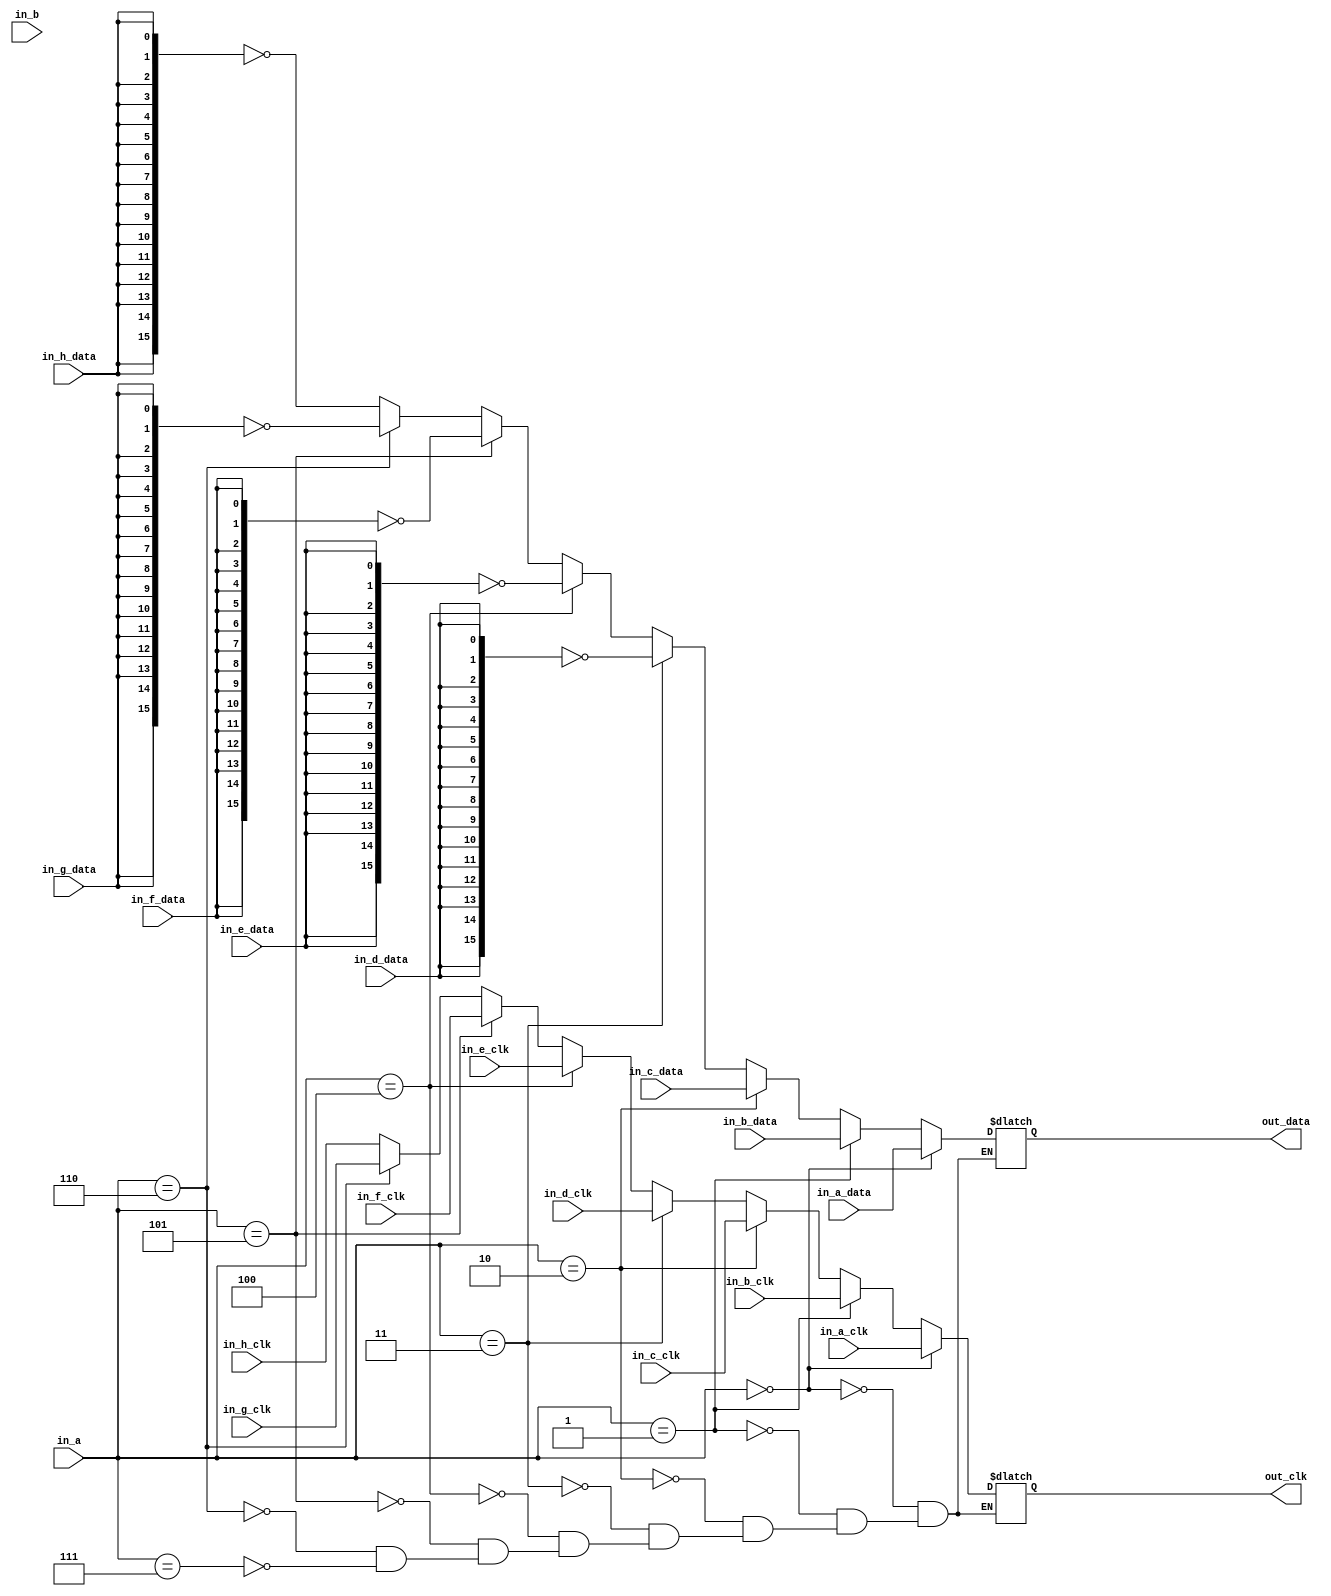
//****************************************Copyright (c)***********************************//                            
//----------------------------------------------------------------------------------------
// File name:          Multiple_Choice_Selector
// Last modified Date:  2021/6/10 11:28:58
// Last Version:        V1.0
// Descriptions:        sobel
//----------------------------------------------------------------------------------------
// Created date:        2021/6/10 11:28:58
// Version:             V1.0
// Descriptions:        
//
//----------------------------------------------------------------------------------------
//****************************************************************************************//
module Multiple_Choice_Selector(
    input          [3:0]in_a,    //
    input               in_b,    //
    input               in_a_clk  ,    //50Mhz
    input               in_b_clk,    //
    input               in_c_clk,    //
    input               in_d_clk,    //
    input               in_e_clk,    //
    input               in_f_clk,    //
    input               in_g_clk,    //
    input               in_h_clk,    //
    input        [15:0] in_a_data  ,    //50Mhz
    input          [15:0]in_b_data,    //
    input          [15:0]in_c_data,    //
    input               in_d_data,    //
    input               in_e_data,    //
    input               in_f_data,    //
    input               in_g_data,    //
    input               in_h_data,    //
    output  reg         out_clk,           //LED
    output reg        [15:0]   out_data           //LED
    );
    
/*always@(*)
begin

    if(in_a==1)
            out_clk<=in_a_clk;
    else
            out_clk<=in_b_clk;
end*/
 
    
     
always @(in_a_clk or in_b_clk or in_c_clk or in_d_clk or in_e_clk or in_f_clk or in_g_clk or in_h_clk) begin
    if((in_a==4'd0))
        begin
         out_clk<=in_a_clk;
         out_data<=in_a_data;
        end
    else if((in_a==4'd1))//
        begin
         out_clk<=in_b_clk;
         out_data<=in_b_data;//~
        end 
   else if((in_a==4'd2))//
        begin
         out_clk<=in_c_clk;
         out_data<=in_c_data;//~
        end 
    else if((in_a==4'd3))//sobel
        begin
         out_clk<=in_d_clk;
         out_data<=~{16{in_d_data}};
        end 
    else if((in_a==4'd4))//prewitt
        begin
         out_clk<=in_e_clk;
         out_data<=~{16{in_e_data}};
        end 
    else if((in_a==4'd5))//sobel+errsion
        begin
         out_clk<=in_f_clk;
         out_data<=~{16{in_f_data}};
        end 
    else if((in_a==4'd6))//sobel+
        begin
         out_clk<=in_g_clk;
         out_data<=~{16{in_g_data}};
        end 
     else if((in_a==4'd7))//
        begin
         out_clk<=in_h_clk;
         out_data<=~{16{in_h_data}};
        end 
   /*else if((in_a==4'd2))
        begin
         out_clk<=in_d_clk;
         out_data<=in_d_data;
        end */
    /*else 
        begin
         out_clk<=out_clk;
         out_data<=out_data;
         end */ 
        
end
/*always@(posedge clk or negedge rst_n)
begin
	if(!rst_n)
    begin
		out_clk<=in_b_clk;
        out_data<=in_b_data;
    end
	else if(in_a==1)
        begin
         out_clk<=in_b_clk;
         out_data<=in_b_data;
        end
	else
        begin
            out_a <= out_a;
            out_b <= out_b;
        end
end*/

endmodule